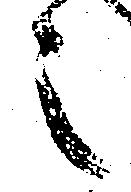
之